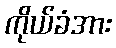
ကိုယ်ခံအား